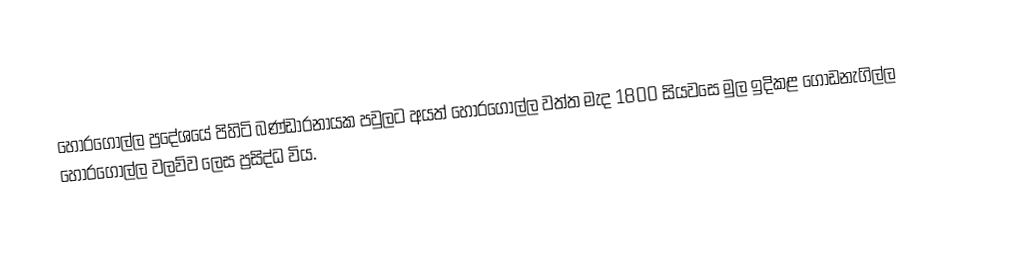
හොරගොල්ල ප්‍රදේශයේ පිහිටි බණ්ඩාරනායක පවුලට අයත් හොරගොල්ල වත්‍ත මැද 1800 සියවසෙ මුල ඉදිකළ ගොඩනැගිල්ල හොරගොල්ල වලව්ව ලෙස ප්‍රසිද්ධ විය.